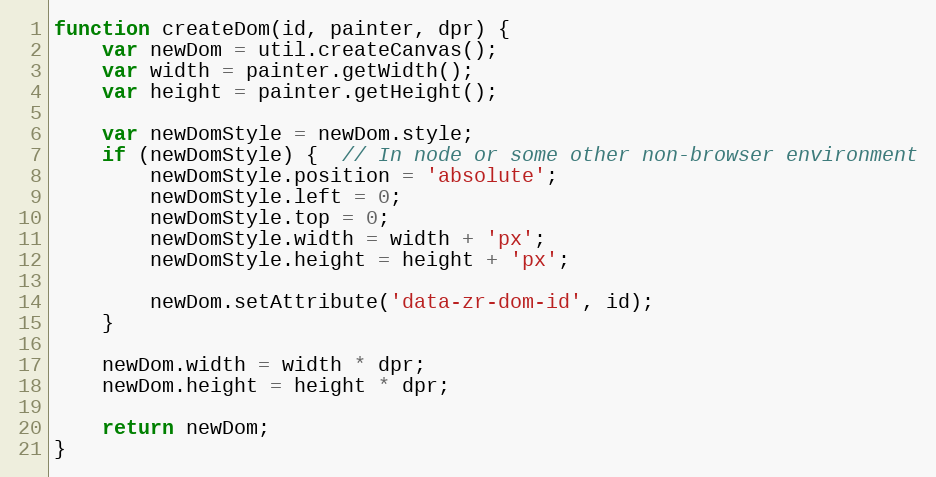
Language: JavaScript
function createDom(id, painter, dpr) {
    var newDom = util.createCanvas();
    var width = painter.getWidth();
    var height = painter.getHeight();

    var newDomStyle = newDom.style;
    if (newDomStyle) {  // In node or some other non-browser environment
        newDomStyle.position = 'absolute';
        newDomStyle.left = 0;
        newDomStyle.top = 0;
        newDomStyle.width = width + 'px';
        newDomStyle.height = height + 'px';

        newDom.setAttribute('data-zr-dom-id', id);
    }

    newDom.width = width * dpr;
    newDom.height = height * dpr;

    return newDom;
}